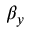
\beta _ { y }